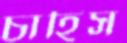
চাহিস